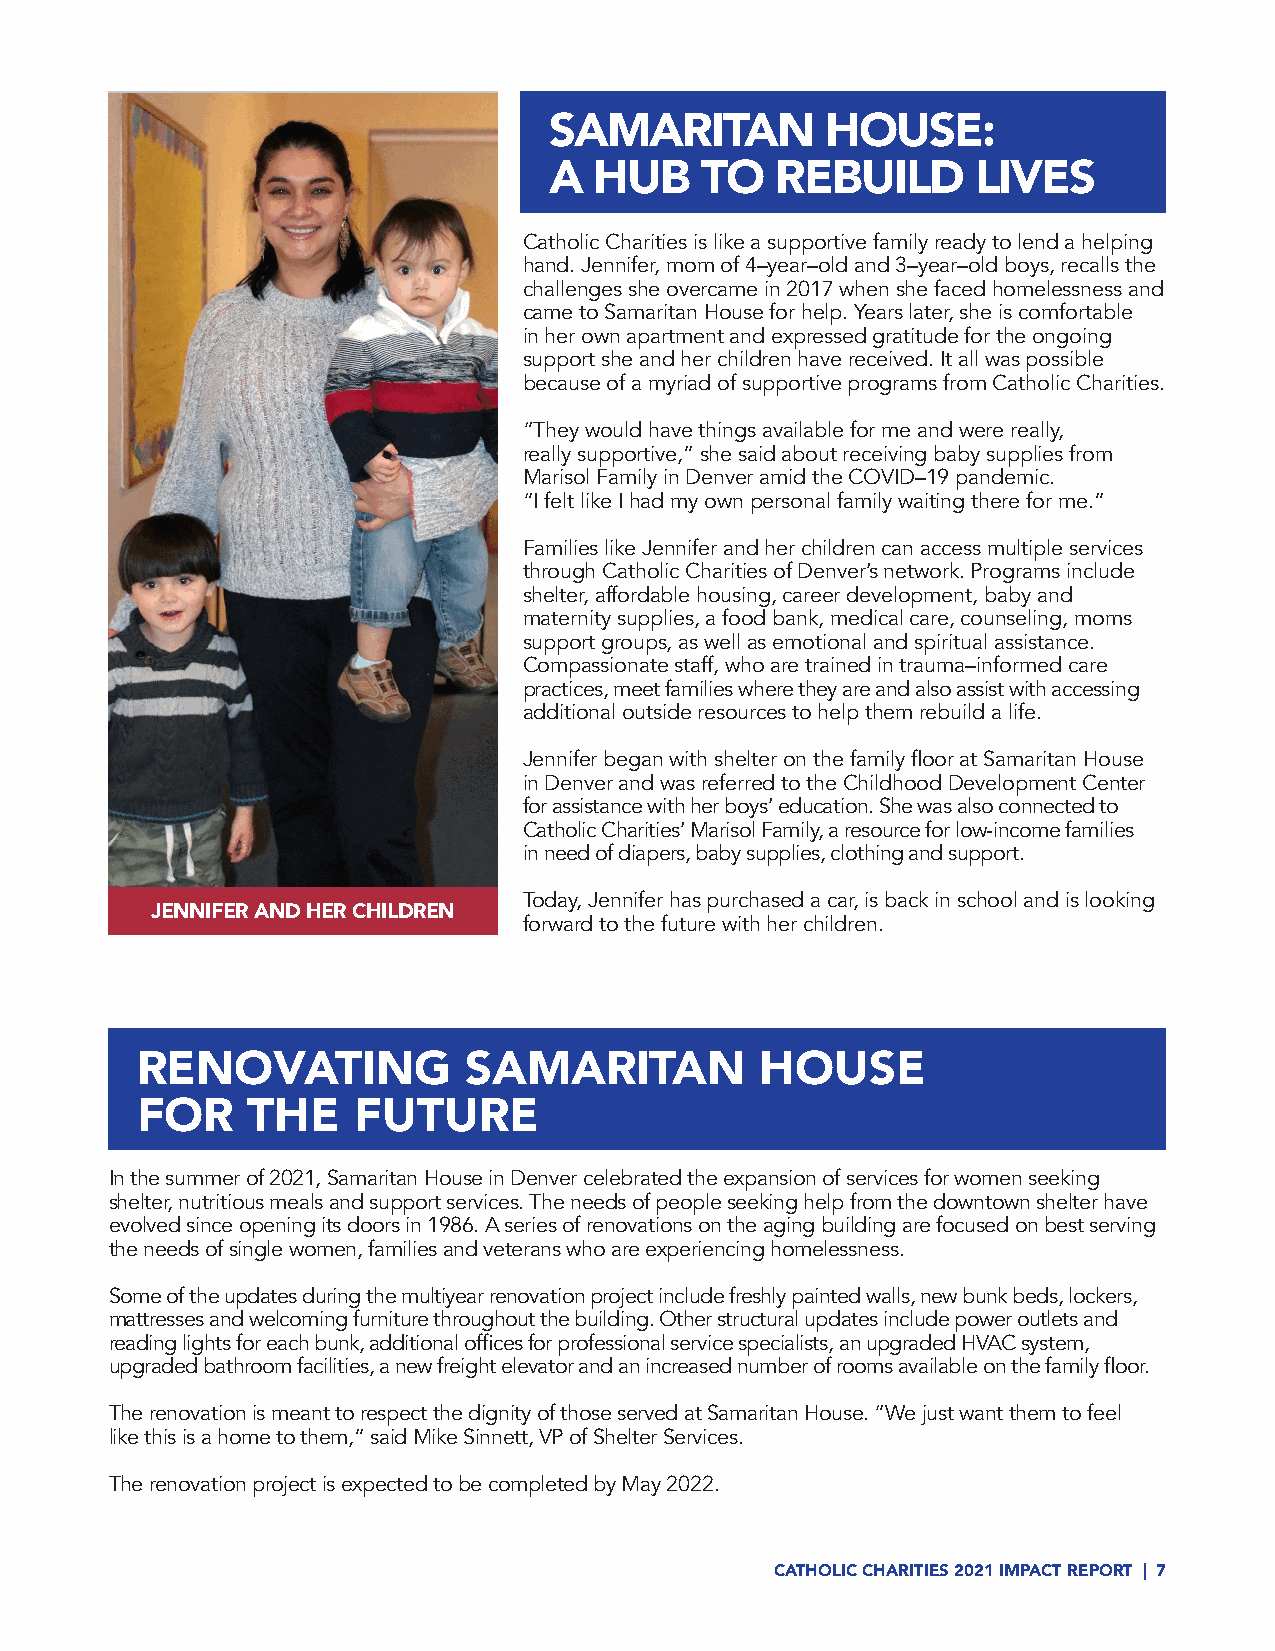
SAMARITAN          HOUSE:
 A  HUB    TO   REBUILD       LIVES
 Catholic Charities is like a supportive family ready to lend a helping
 hand. Jennifer, mom of 4–year–old and 3–year–old boys, recalls the
 challenges she overcame in 2017 when she faced homelessness and
 came to Samaritan House for help. Years later, she is comfortable
 in her own apartment and expressed gratitude for the ongoing
 support she and her children have received. It all was possible
 because of a myriad of supportive programs from Catholic Charities.
 “They would have things available for me and were really,
 really supportive,” she said about receiving baby supplies from
 Marisol Family in Denver amid the COVID–19 pandemic.
 “I felt like I had my own personal family waiting there for me.”
 Families like Jennifer and her children can access multiple services
 through Catholic Charities of Denver’s network. Programs include
 shelter, affordable housing, career development, baby and
 maternity supplies, a food bank, medical care, counseling, moms
 support groups, as well as emotional and spiritual assistance.
 Compassionate staff, who are trained in trauma–informed care
 practices, meet families where they are and also assist with accessing
 additional outside resources to help them rebuild a life.
 Jennifer began with shelter on the family floor at Samaritan House
 in Denver and was referred to the Childhood Development Center
 for assistance with her boys’ education. She was also connected to
 Catholic Charities’ Marisol Family, a resource for low-income families
 in need of diapers, baby supplies, clothing and support.
 Today, Jennifer has purchased a car, is back in school and is looking
 JENNIFER AND HER CHILDREN
 forward to the future with her children.
 RENOVATING            SAMARITAN          HOUSE
 FOR    THE    FUTURE
 In the summer of 2021, Samaritan House in Denver celebrated the expansion of services for women seeking
 shelter, nutritious meals and support services. The needs of people seeking help from the downtown shelter have
 evolved since opening its doors in 1986. A series of renovations on the aging building are focused on best serving
 the needs of single women, families and veterans who are experiencing homelessness.
 Some of the updates during the multiyear renovation project include freshly painted walls, new bunk beds, lockers,
 mattresses and welcoming furniture throughout the building. Other structural updates include power outlets and
 reading lights for each bunk, additional offices for professional service specialists, an upgraded HVAC system,
 upgraded bathroom facilities, a new freight elevator and an increased number of rooms available on the family floor.
 The renovation is meant to respect the dignity of those served at Samaritan House. “We just want them to feel
 like this is a home to them,” said Mike Sinnett, VP of Shelter Services.
 The renovation project is expected to be completed by May 2022.
 CATHOLIC CHARITIES 2021 IMPACT REPORT | 7